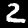
Digit: 2